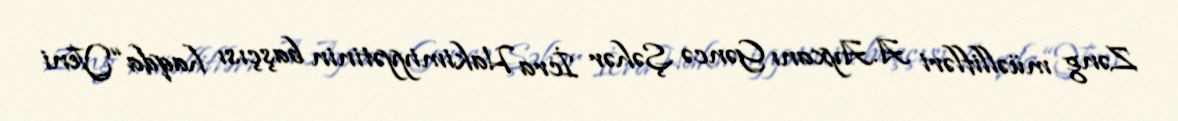
Zəng müəllifləri A.Ayxanı Gəncə Şəhər İcra Hakimiyyətinin başçısı haqda “Yeni